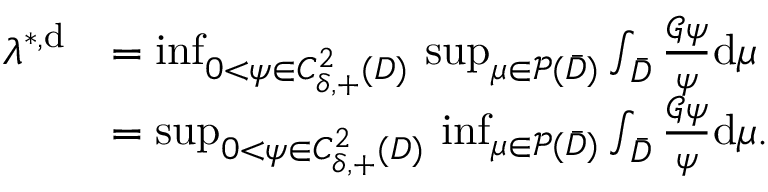
\begin{array} { r l } { \lambda ^ { * , \mathrm { d } } } & { = \operatorname* { i n f } _ { 0 < \psi \in C _ { \delta , + } ^ { 2 } ( D ) } \, \operatorname* { s u p } _ { \mu \in { \mathcal { P } } ( \bar { D } ) } \int _ { \bar { D } } \frac { { \mathcal { G } } \psi } { \psi } \mathrm { d } \mu } \\ & { = \operatorname* { s u p } _ { 0 < \psi \in C _ { \delta , + } ^ { 2 } ( D ) } \, \operatorname* { i n f } _ { \mu \in { \mathcal { P } } ( \bar { D } ) } \int _ { \bar { D } } \frac { { \mathcal { G } } \psi } { \psi } \mathrm { d } \mu . } \end{array}